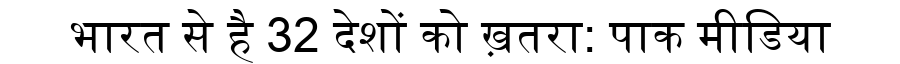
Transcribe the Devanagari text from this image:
भारत से है 32 देशों को ख़तरा: पाक मीडिया